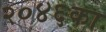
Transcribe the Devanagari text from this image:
२०४६का